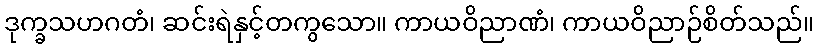
ဒုက္ခသဟဂတံ၊ ဆင်းရဲနှင့်တကွသော။ ကာယဝိညာဏံ၊ ကာယဝိညာဉ်စိတ်သည်။